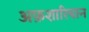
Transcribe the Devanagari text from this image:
अफ़शारियान